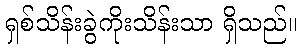
ရှစ်သိန်းခွဲကိုးသိန်းသာ ရှိသည်။